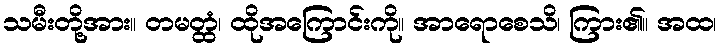
သမီးတို့အား။ တမတ္ထံ၊ ထိုအကြောင်းကို။ အာရောစေသိ၊ ကြား၏။ အထ၊